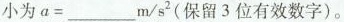
小为 $$a = ___ m / s ^ { 2 } (保留 3 位有效数字)。